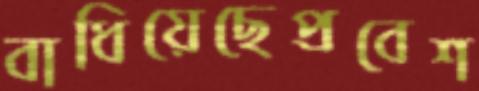
বাধিয়েছেপ্রবেশ